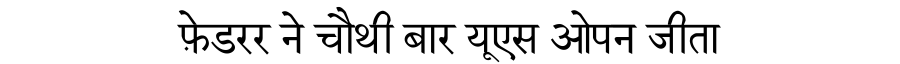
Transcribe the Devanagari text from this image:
फ़ेडरर ने चौथी बार यूएस ओपन जीता